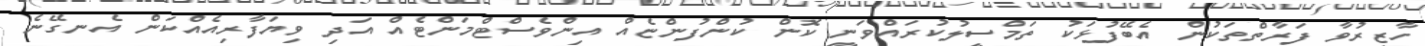
ހާޒިރުވާ ފަރާތްތަކުން އެބޭފުޅަކު ތަމްސީލުކުރައްވަނީ ކޮން ކުންފުންޏެއް އިންވެސްޓްމަންޓެއް އަދި ވިޔަފާރިއެއްކަން އެނގޭނެ